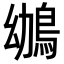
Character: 鴢